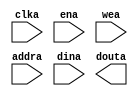
module spartan3_pmem(
	clka,
	ena,
	wea,
	addra,
	dina,
	douta);


input clka;
input ena;
input [0 : 0] wea;
input [11 : 0] addra;
input [7 : 0] dina;
output [7 : 0] douta;

// synthesis translate_off

      BLK_MEM_GEN_V3_3 #(
		.C_ADDRA_WIDTH(12),
		.C_ADDRB_WIDTH(12),
		.C_ALGORITHM(1),
		.C_BYTE_SIZE(9),
		.C_COMMON_CLK(0),
		.C_DEFAULT_DATA("0"),
		.C_DISABLE_WARN_BHV_COLL(0),
		.C_DISABLE_WARN_BHV_RANGE(0),
		.C_FAMILY("spartan3"),
		.C_HAS_ENA(1),
		.C_HAS_ENB(0),
		.C_HAS_INJECTERR(0),
		.C_HAS_MEM_OUTPUT_REGS_A(0),
		.C_HAS_MEM_OUTPUT_REGS_B(0),
		.C_HAS_MUX_OUTPUT_REGS_A(0),
		.C_HAS_MUX_OUTPUT_REGS_B(0),
		.C_HAS_REGCEA(0),
		.C_HAS_REGCEB(0),
		.C_HAS_RSTA(0),
		.C_HAS_RSTB(0),
		.C_INITA_VAL("0"),
		.C_INITB_VAL("0"),
		.C_INIT_FILE_NAME("no_coe_file_loaded"),
		.C_LOAD_INIT_FILE(0),
		.C_MEM_TYPE(0),
		.C_MUX_PIPELINE_STAGES(0),
		.C_PRIM_TYPE(1),
		.C_READ_DEPTH_A(4096),
		.C_READ_DEPTH_B(4096),
		.C_READ_WIDTH_A(8),
		.C_READ_WIDTH_B(8),
		.C_RSTRAM_A(0),
		.C_RSTRAM_B(0),
		.C_RST_PRIORITY_A("CE"),
		.C_RST_PRIORITY_B("CE"),
		.C_RST_TYPE("SYNC"),
		.C_SIM_COLLISION_CHECK("ALL"),
		.C_USE_BYTE_WEA(0),
		.C_USE_BYTE_WEB(0),
		.C_USE_DEFAULT_DATA(0),
		.C_USE_ECC(0),
		.C_WEA_WIDTH(1),
		.C_WEB_WIDTH(1),
		.C_WRITE_DEPTH_A(4096),
		.C_WRITE_DEPTH_B(4096),
		.C_WRITE_MODE_A("WRITE_FIRST"),
		.C_WRITE_MODE_B("WRITE_FIRST"),
		.C_WRITE_WIDTH_A(8),
		.C_WRITE_WIDTH_B(8),
		.C_XDEVICEFAMILY("spartan3"))
	inst (
		.CLKA(clka),
		.ENA(ena),
		.WEA(wea),
		.ADDRA(addra),
		.DINA(dina),
		.DOUTA(douta),
		.RSTA(),
		.REGCEA(),
		.CLKB(),
		.RSTB(),
		.ENB(),
		.REGCEB(),
		.WEB(),
		.ADDRB(),
		.DINB(),
		.DOUTB(),
		.INJECTSBITERR(),
		.INJECTDBITERR(),
		.SBITERR(),
		.DBITERR(),
		.RDADDRECC());


// synthesis translate_on

// XST black box declaration
// box_type "black_box"
// synthesis attribute box_type of spartan3_pmem is "black_box"

endmodule